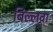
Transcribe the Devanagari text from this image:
बिल्लवा